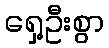
ရှေ့ဦးစွာ